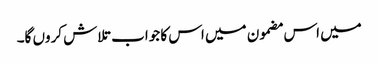
میں اس مضمون میں اس کا جواب تلاش کروں گا۔